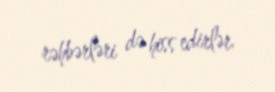
rəhbərləri də hiss edirlər.